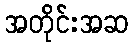
အတိုင်းအဆ